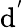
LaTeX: \mathrm{d}^{'}